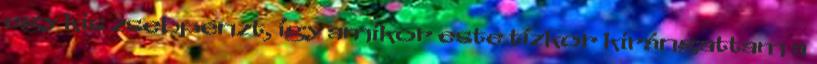
egy kis zsebpénzt, így amikor este tízkor kirángattam a